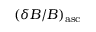
( \delta B / B ) _ { \mathrm { a s c } }